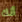
أنك